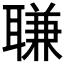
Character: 𦖾